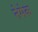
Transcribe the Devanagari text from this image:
नेमेक